Report on horse surra - Volume II, Part II
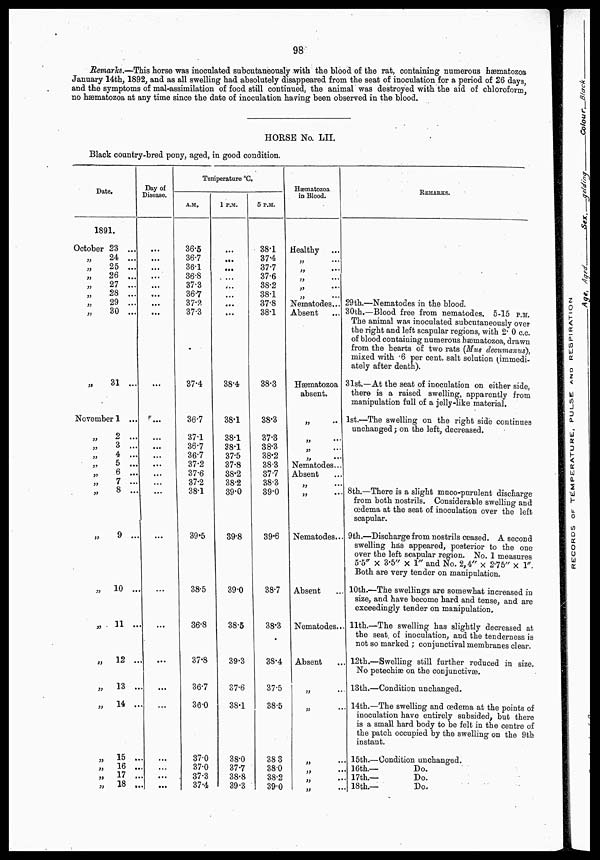
98
Remarks.—This horse was inoculated subcutaneously with the blood of the rat, containing numerous hæmatozoa
January 14th, 1892, and as all swelling had absolutely disappeared from the seat of inoculation for a period of 26 days,
and the symptoms of mal-assimilation of food still continued, the animal was destroyed with the aid of chloroform,
no hæmatozoa at any time since the date of inoculation having been observed in the blood.
HORSE No. LII.
Black country-bred pony, aged, in good condition.
Date.
1891.
October 23
...
„ 24 .....
„ 25 ...
„ 26 ....
„
27
...
„ 28
...
„
29 ...
„
30 ...
„ 31 ...
November 1 ..
„
2
„ 3 ...
„ 4
....
„ 5 ...
„
6
...
„
7
...
„ 8 ...
„ 9 ...
„ 10 ...
„ 11 ...
„ 12 ...
„ 13 ...
„
14 ...
„ 15 ...
„ 16 ...
„ 17 ...
„ 18 ...
Day of
Disease.
...
...
...
...
...
...
...
...
...
...
...
...
...
...
...
...
...
...
...
...
...
...
...
...
...
...
...
Temperature °C.
A.M.
36.5
36.7
36.1
36.8
37.3
36.7
37.2
37.3
37.4
36.7
37.1
36.7
36.7
37.2
37.6
37.2
38.1
39.5
38.5
36.8
37.8
36.7
36.0
37.0
37.0
37.3
37.4
1 P.M.
...
...
...
...
...
...
...
...
38.4
38.1
38.1
38.1
37.5
37.8
38.2
38.2
39.0
39.8
39.0
38.5
39.3
37.6
38.1
38.0
37.7
38.8
39.3
5 P.M.
38.1
37.4
37.7
37.6
38.2
38.1
37.8
38.1
38.3
38.3
37.3
38.3
38.2
38.3
37.7
38.3
39.0
39.6
38.7
38.3
38.4
37.5
38.5
38 3
38.0
38.2
39.0
Hæatozoa
in Blood.
Healthy ...
„
...
„
...
„ ...
„ ...
„ ...
Nematodes...
Absent
Hæmatozoa
absent.
„ ...
„ ...
„ ...
„ ...
Nematodes ...
Absent
„ ...
„ ...
Nematodes ...
Absent ...
Nematodes ...
Absent ...
„ ...
„ ...
„ ...
„ ...
„ ...
„ ...
REMARKS.
29th.—Nematodes in the blood.
30th.—Blood free from nematodes. 5-15 P.M.
The animal was inoculated subcutaneously over
the right and left scapular regions, with 2. 0 c.c.
of blood containing numerous hæmatozoa, drawn
from the hearts of two rats (Mus decumanus),
mixed with .6 per cent. salt solution (immedi¬
ately after death).
31st.—At the seat of inoculation on either side,
there is a raised swelling, apparently from
manipulation full of a jelly-like material.
1st.—The swelling on the right side continues
unchanged ; on the left, decreased.
8th.—There is a slight muco-purulent discharge
from both nostrils. Considerable swelling and
œdema at the seat of inoculation over the left
scapular.
9th.—Discharge from nostrils ceased. A second
swelling has appeared, posterior to the one
over the left scapular region. No. 1 measures
5.5" × 3.5" × 1" and No. 2,4" ×2.75" × 1".
Both are very tender on manipulation.
10th.—The swellings are somewhat increased in
size, and have become hard and tense, and are
exceedingly tender on manipulation.
11th.—The swelling has slightly decreased at
the seat, of inoculation, and the tenderness is
not so marked ; conjunctival membranes clear.
12th.—Swelling still further reduced in size.
No petechiæ on the conjunctivæ.
13th.—Condition unchanged.
14th.—The swelling and œdema at the points of
inoculation have entirely subsided, but there
is a small hard body to be felt in the centre of
the patch occupied by the swelling on the 9th
instant.
15th.—Condition unchanged.
16th.—
Do.
17th.—
Do.
18th.—
Do.